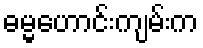
ဓမ္မဟောင်းကျမ်းက